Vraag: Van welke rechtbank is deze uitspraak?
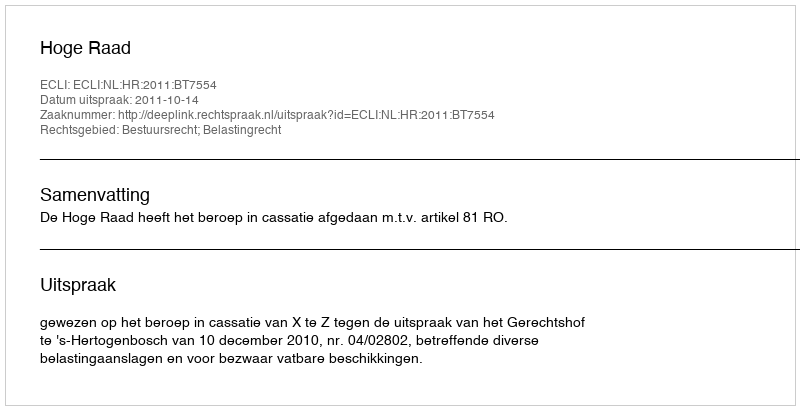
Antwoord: Hoge Raad